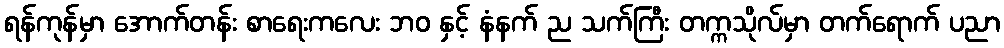
ရန်ကုန်မှာ အောက်တန်း စာရေးကလေး ဘဝ နှင့် နံနက် ည သက်ကြီး တက္ကသိုလ်မှာ တက်ရောက် ပညာ